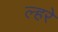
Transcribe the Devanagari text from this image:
ल्हरे